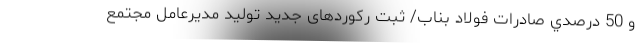
و 50 درصدي صادرات فولاد بناب/ ثبت رکوردهای جدید تولید مدیرعامل مجتمع